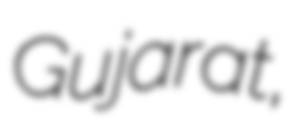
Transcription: Gujarat,